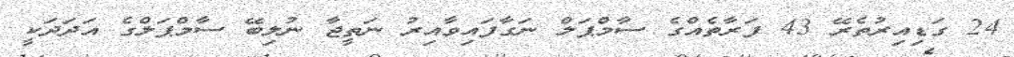
24 ގަޑިއިރުތެރޭ 43 ފަރާތެއްގެ ސާމްޕަލް ނަގާފައިވާއިރު ނަތީޖާ ނުލިބޭ ސާމްޕަލްގެ އަދަދަކީ